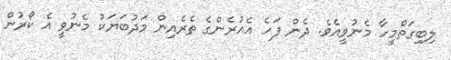
ލިބިގަތްމީހާ މެނުވީއެވެ. ދެން ފަހެ އެއުރެންގެ ތެރެއިން މަދުބަޔަކު މެނުވީ އެ ކޯރުން